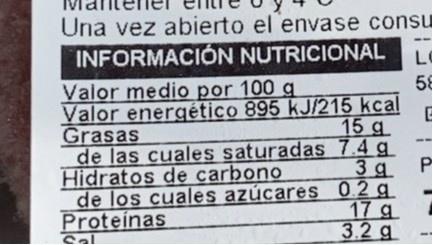
Una vez abierto el envase consu INFORMACIÓN NUTRICIONAL
LI
58
Valor medio por 100 g Valor energético 895 kJ/215 kcal Grasas de las cuales saturadas 7.4 g Hidratos de carbono de los cuales azúcares 0.2 g Proteínas
15 g
3g
P.
17 g 3.2 я
Sal